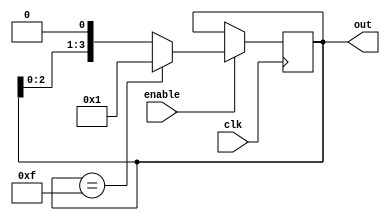
module RingCounterWithEnable (
    input wire clk, // Clock input signal
    input wire enable, // Enable input signal
    output reg [3:0] out // Output signal with 4 bits
);

// Sequential counter with enable
always @ (posedge clk) begin
    if (enable) begin
        out <= out << 1; // shift left by one bit
        if (out == 4'hF) begin
            out <= 4'h1; // reset to 1
        end
    end
end

endmodule